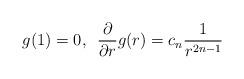
LaTeX: \begin{align*}g(1)=0,\,\,\,\frac{\partial}{\partial r}g(r)=c_{n}\frac{1}{r^{2n-1}}\end{align*}